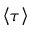
\left\langle \tau \right\rangle